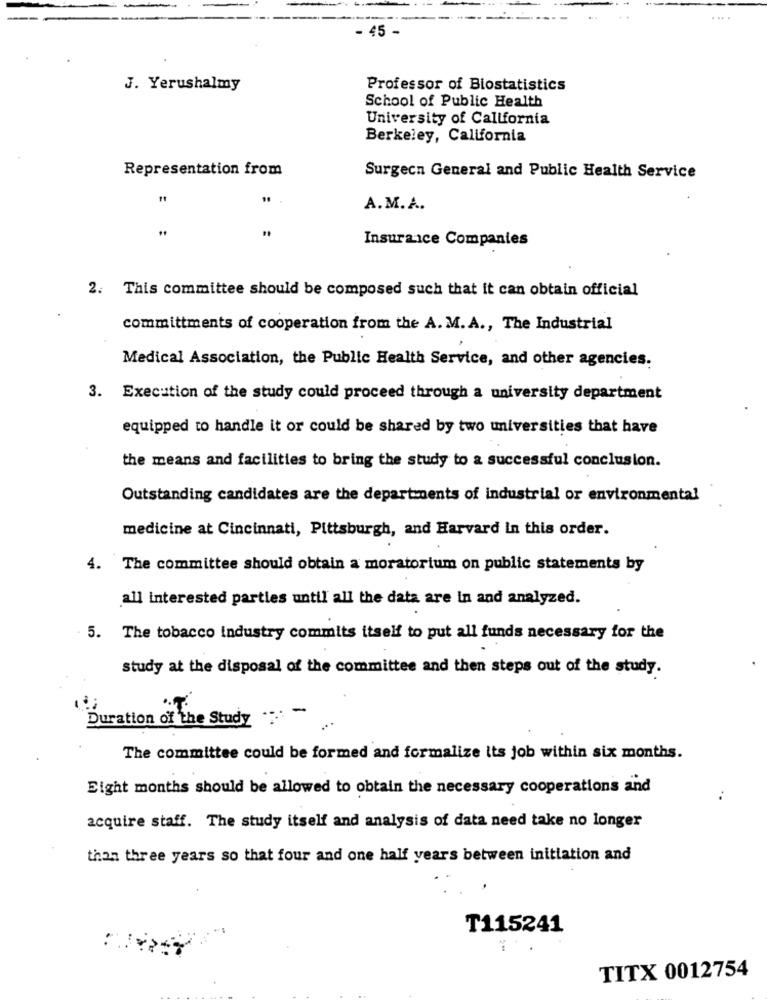
... .
- 45 -
J. Yerushalmy
Professor of Biostatistics
School of Public Health
University of California
Berkeley, California
Representation from
Surgecn General and Public Health Service
A.M.A.
Insurance Companies
2. This committee should be composed such that it can obtain official
committments of cooperation from the A. M. A ., The Industrial
Medical Association, the Public Health Service, and other agencies.
3. Execution of the study could proceed through a university department
equipped to handle it or could be shared by two universities that have
the means and facilities to bring the study to a successful conclusion.
Outstanding candidates are the departments of industrial or environmental
medicine at Cincinnati, Pittsburgh, and Harvard in this order.
4. The committee should obtain a moratorium on public statements by
all interested parties until all the data are in and analyzed.
5. The tobacco industry commits itself to put all funds necessary for the
study at the disposal of the committee and then steps out of the study.
Duration of the Study ....
The committee could be formed and formalize its job within six months.
Eight months should be allowed to obtain the necessary cooperations and
acquire staff. The study itself and analysis of data need take no longer
than three years so that four and one half years between initiation and
T115241
TITX 0012754